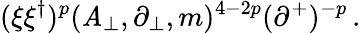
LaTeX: (\xi\xi^{\dagger})^{p}(\mathit{A}_{\perp},\partial_{\perp},m)^{4-2p}(\partial^{+})^{-p}\, .